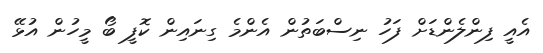
އެއީ ފިންލެންޑަށް ފަހު ނިސްބަތުން އެންމެ ގިނައިން ކޮފީ ބޯ މީހުން އުޅޭ